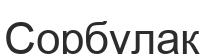
Сорбұлақ